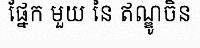
ផ្នែក មួយ នៃ ឥណ្ឌូចិន